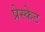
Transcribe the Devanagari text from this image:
प्रेस्केट